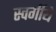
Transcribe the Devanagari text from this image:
स्वर्गीये